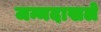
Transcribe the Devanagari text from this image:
जन्मदाखले